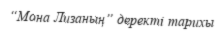
“Мона Лизаның” деректі тарихы